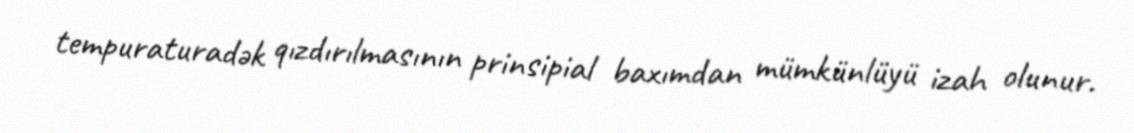
tempuraturadək qızdırılmasının prinsipial baxımdan mümkünlüyü izah olunur.